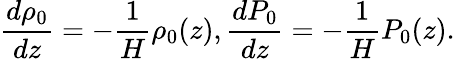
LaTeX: \frac{d\rho_{0}}{dz}=-\frac{1}{H}\rho_{0}(z),\frac{dP_{0}}{dz}=-\frac{1}{H}P_{0}(z).